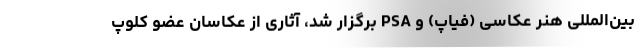
بین‌المللی هنر عکاسی (فیاپ) و PSA برگزار شد، آثاری از عکاسان عضو کلوپ